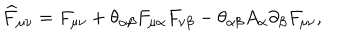
\widehat { F } _ { \mu \nu } = F _ { \mu \nu } + \theta _ { \alpha \beta } F _ { \mu \alpha } F _ { \nu \beta } - \theta _ { \alpha \beta } A _ { \alpha } \partial _ { \beta } F _ { \mu \nu } ,